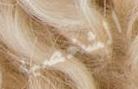
الشخصيه